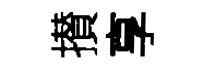
攅享